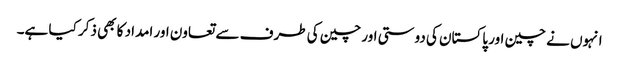
انہوں نے چین اور پاکستان کی دوستی اور چین کی طرف سے تعاون اور امداد کا بھی ذکر کیا ہے۔